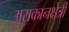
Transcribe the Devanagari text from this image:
अराकानक्षेत्री